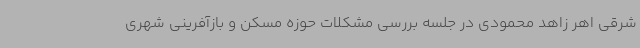
شرقی اهر زاهد محمودی در جلسه بررسی مشکلات حوزه مسکن و بازآفرینی شهری